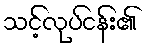
သင့်လုပ်ငန်း၏